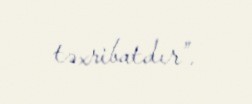
təxribatdır”.